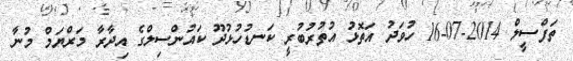
ތަފްސީލް 2014-07-16 ހުވަދު އަތޮޅު އުތުރުބުރީ ކަނޑުހުޅުދޫ ކައުންސިލްގެ އިދާރާ މަރްޔަމް މުނާ